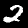
Label: 2